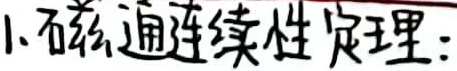
1. 磁通连续性定理：